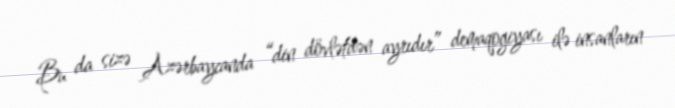
Bu da sizə Azərbaycanda “din dövlətdən ayrıdır” demaqogiyası ilə insanların